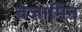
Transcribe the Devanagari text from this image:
बेजामिन